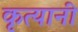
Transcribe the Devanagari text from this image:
कृत्यानी